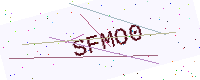
Text: SFMO0